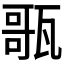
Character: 𤭻